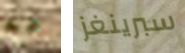
مع سبرينغز